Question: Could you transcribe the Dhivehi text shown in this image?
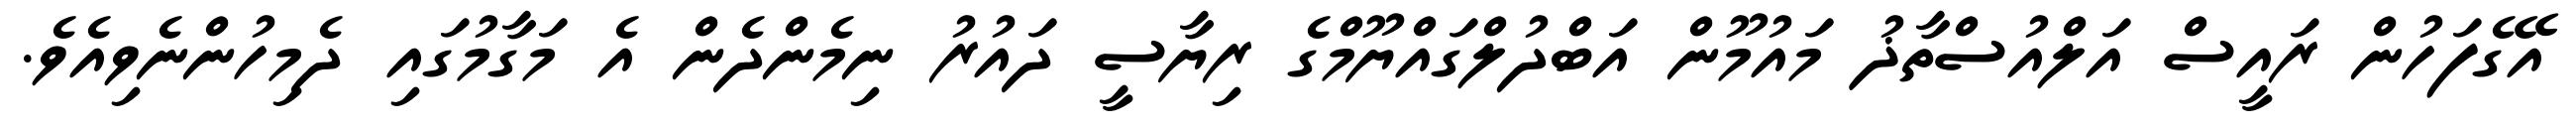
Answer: އޭގެފަހުން ރައީސް އަލްއުސްތާޛު މައުމޫން އަބްދުލްގައްޔޫމްގެ ރިޔާސީ ދައުރު ނިމެންދެން އެ މަގާމުގައި ދެމިހުންނެވިއެވެ.